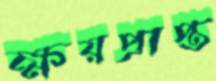
ক্ষয়প্রাপ্ত